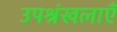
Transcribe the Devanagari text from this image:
उपश्रंखलाएँ